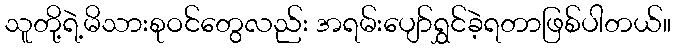
သူတို့ရဲ့မိသားစုဝင်တွေလည်း အရမ်းပျော်ရွှင်ခဲ့ရတာဖြစ်ပါတယ်။